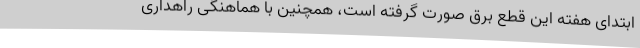
ابتدای هفته این قطع برق صورت گرفته است، همچنین با هماهنگی راهداری